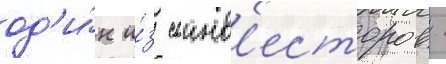
од'и́н и́з соинв'есторов -